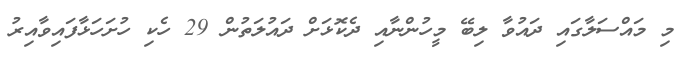
މި މައްސަލާގައި ދައުވާ ލިބޭ މީހުންނާއި ދެކޮޅަށް ދައުލަތުން 29 ހެކި ހުށަހަޅާފައިވާއިރު